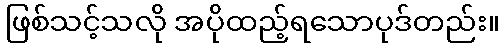
ဖြစ်သင့်သလို အပိုထည့်ရသောပုဒ်တည်း။